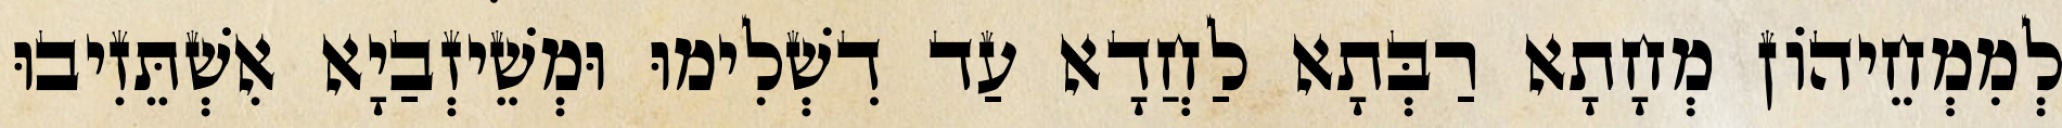
לְמִמְחֵיהוֹן מְחָתָא רַבְּתָא לַחֲדָא עַד דִשְׁלִימוּ וּמְשֵׁיזְבַיָא אִשְׁתֵּזִיבוּ